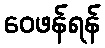
ဝေဖန်ရန်